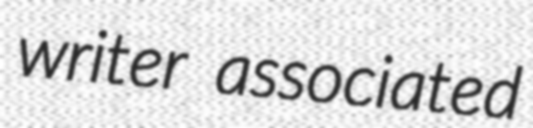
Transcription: writer associated